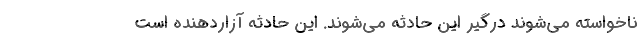
ناخواسته می‌شوند درگیر این حادثه می‌شوند. این حادثه آزاردهنده است